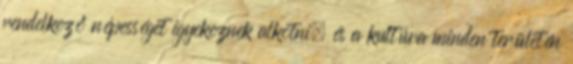
rendelkező népességet igyekeznek alkotni, és a kultúra minden területén